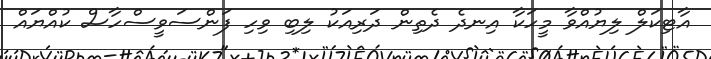
އާޓިކަލް ލިޔުއްވާ މީހަކާ އިނދެ ދެތިން ދަރިއަކު ލިބި ވިހި ފަންސަވީސްހާސް ކުއްޔައް